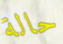
حالة